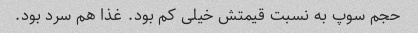
حجم سوپ به نسبت قیمتش خیلی کم بود. غذا هم سرد بود.